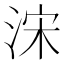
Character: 浨